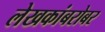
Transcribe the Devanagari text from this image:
लेखकांबरोबर